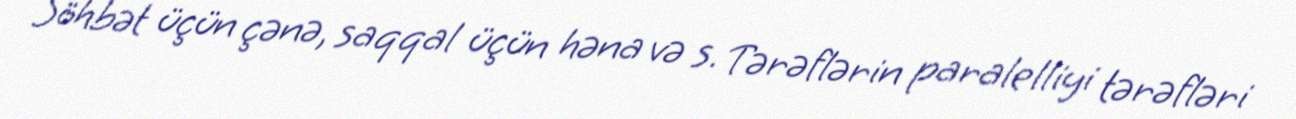
Söhbət üçün çənə, saqqal üçün həna və s. Tərəflərin paralelliyi tərəfləri